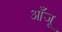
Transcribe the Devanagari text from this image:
आँजू